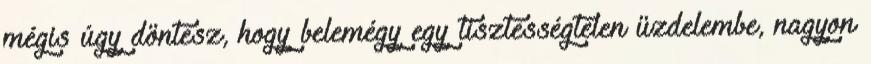
mégis úgy döntesz, hogy belemégy egy tisztességtelen üzdelembe, nagyon